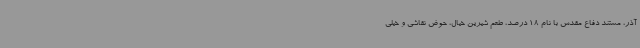
آذر، مستند دفاع مقدس با نام 18 درصد، طعم شیرین خیال، حوض نقاشی و خیلی